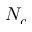
N _ { c }